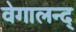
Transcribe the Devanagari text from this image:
वेगालन्द्